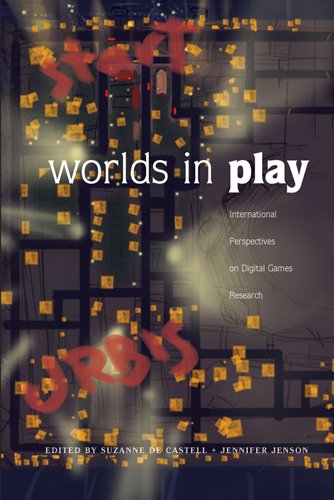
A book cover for Worlds in Play: International Perspectives on Digital Games Research (New Literacies and Digital Epistemologies,); Arts & Photography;